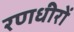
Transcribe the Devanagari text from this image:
रणधीरों